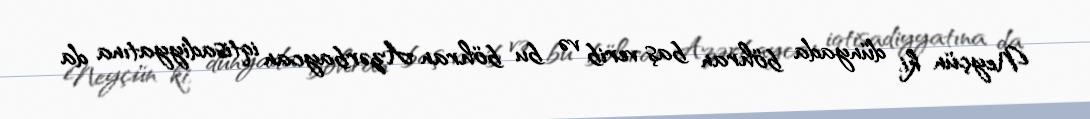
Neyçün ki, dünyada böhran baş verib və bu böhran Azərbaycan iqtisadiyyatına da